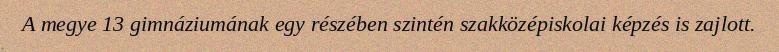
A megye 13 gimnáziumának egy részében szintén szakközépiskolai képzés is zajlott.